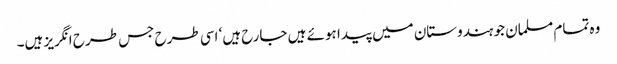
وہ تمام مسلمان جو ہندوستان میں پیدا ہوئے ہیں جارح ہیں‘ اسی طرح جس طرح انگریز ہیں۔